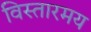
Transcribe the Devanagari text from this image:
विस्तारमय